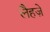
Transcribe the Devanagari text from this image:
लैहज़े